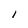
Character: I